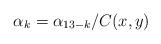
LaTeX: \begin{align*}\alpha_k =\alpha_{13-k}/C(x,y) \quad\end{align*}